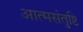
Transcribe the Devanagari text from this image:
आत्मसंतुष्टि